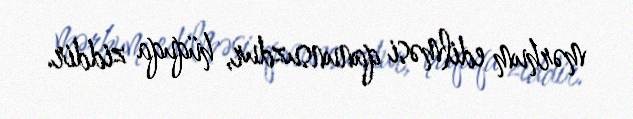
mərhum edilməsi qanunsuzdur, hüquqa ziddir.